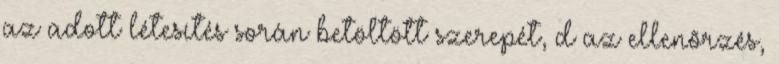
az adott létesítés során betöltött szerepét, d az ellenõrzés,